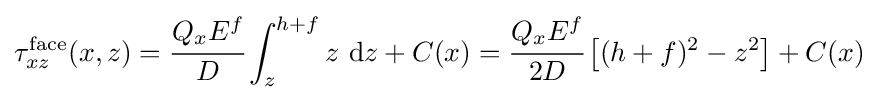
\tau _{xz}^{\mathrm {face} }(x,z)={\cfrac {Q_{x}E^{f}}{D}}\int _{z}^{h+f}z~\mathrm {d} z+C(x)={\cfrac {Q_{x}E^{f}}{2D}}\left[(h+f)^{2}-z^{2}\right]+C(x)